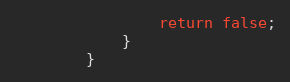
Language: Java
				return false;
			}
		}